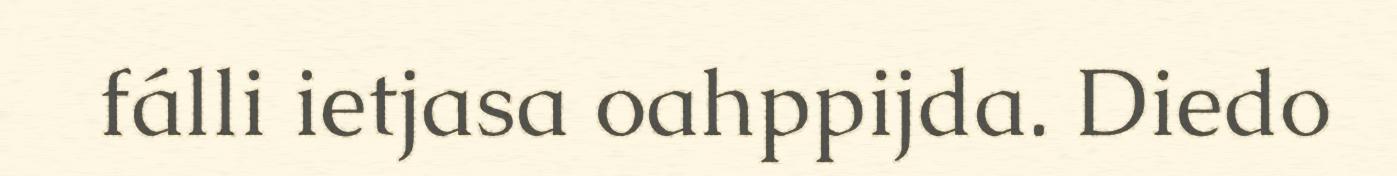
fálli ietjasa oahppijda. Diedo